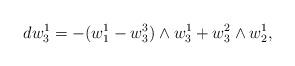
LaTeX: \begin{align*}dw_3^1=-(w_1^1-w_3^3)\wedge w_3^1+w_3^2\wedge w_2^1,\end{align*}